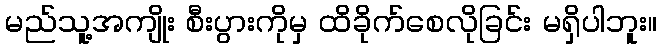
မည်သူ့အကျိုး စီးပွားကိုမှ ထိခိုက်စေလိုခြင်း မရှိပါဘူး။